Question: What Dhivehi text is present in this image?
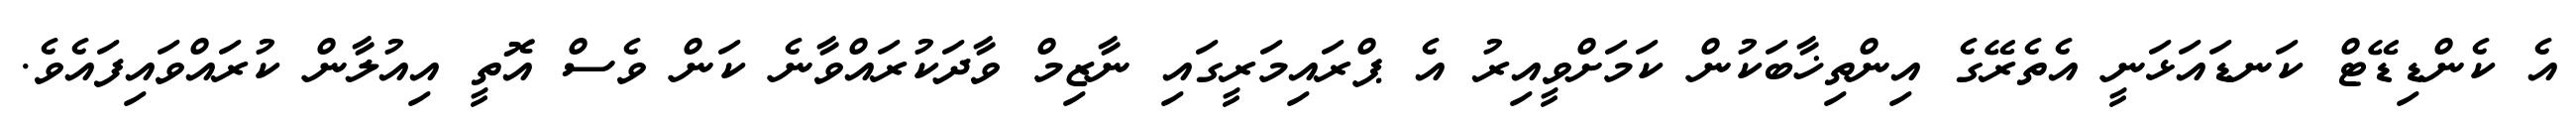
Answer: އެ ކެންޑިޑޭޓް ކަނޑައަޅަނީ އެތެރޭގެ އިންތިޚާބަކުން ކަމަށްވީއިރު އެ ޕްރައިމަރީގައި ނާޒިމް ވާދަކުރައްވާނެ ކަން ވެސް އޮތީ އިއުލާން ކުރައްވައިފައެވެ.